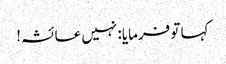
کہا تو فرمایا: نہیں عائشہ!